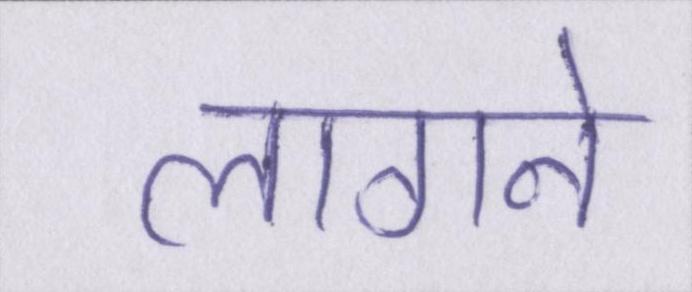
लागने